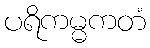
ပရိကမ္မကတံ